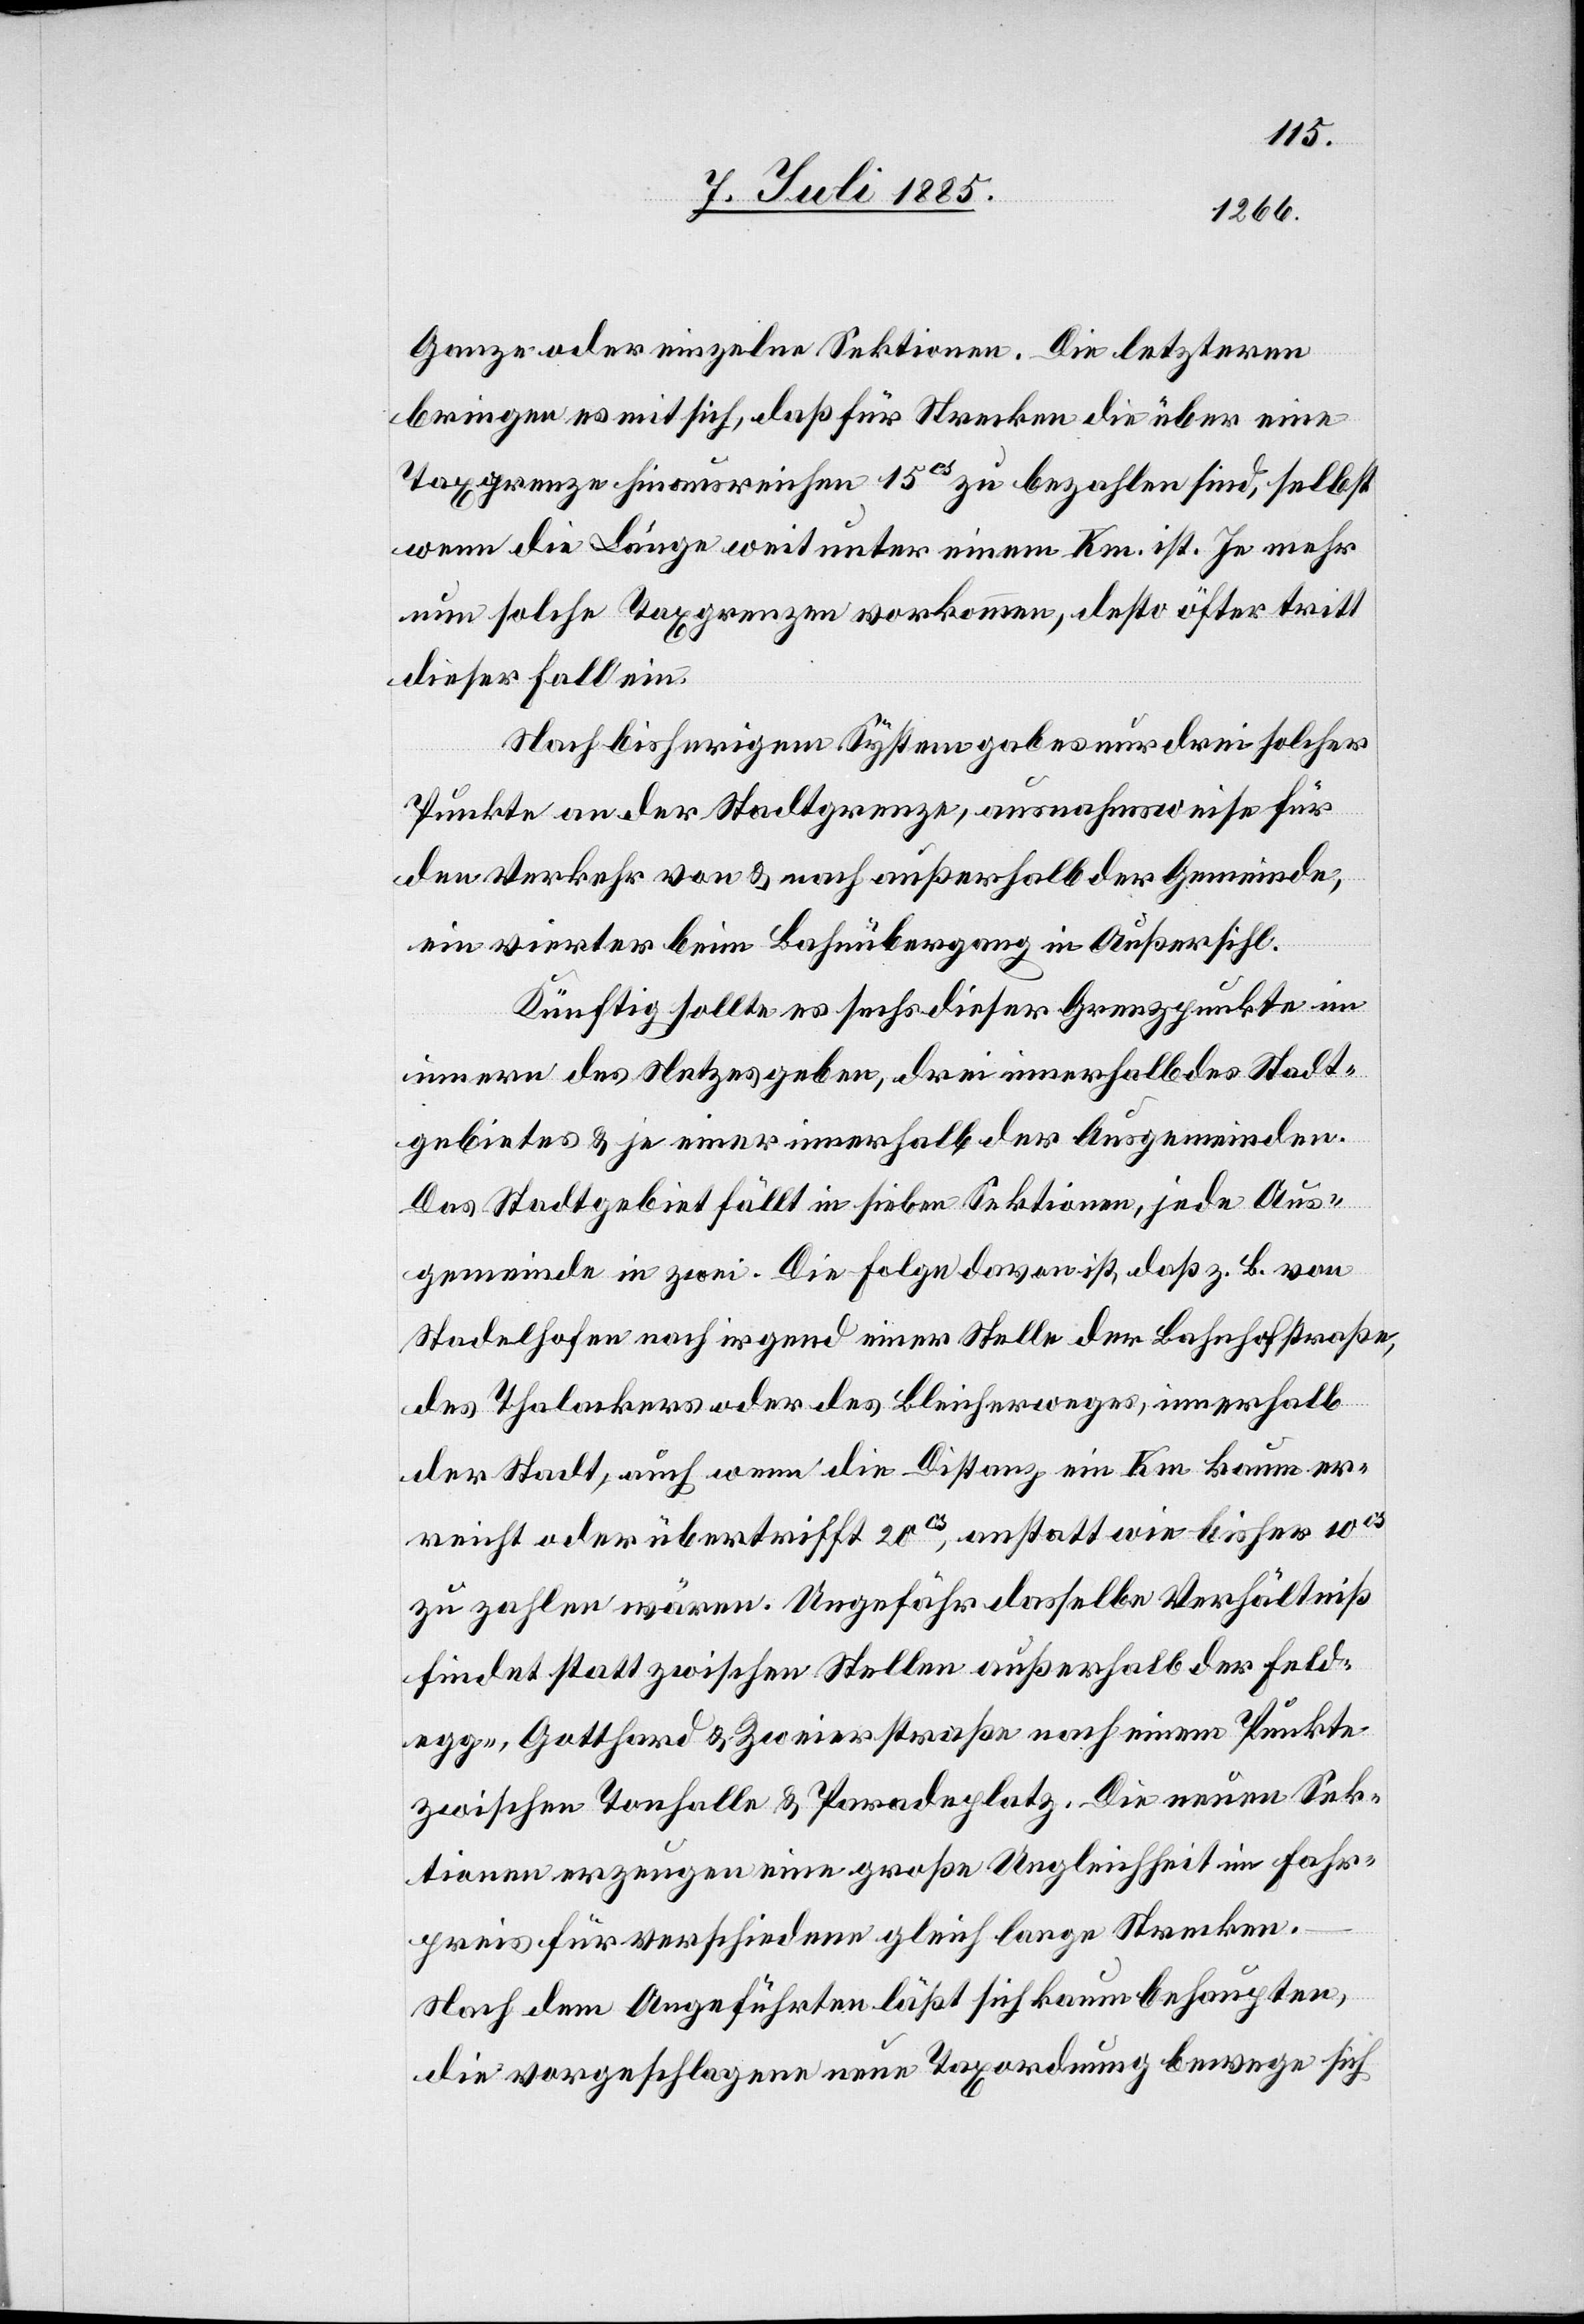
Ganze oder einzelne Sektionen. Die letzteren
bringen es mit sich, daß nur für Strecken die über eine
Taxgrenze hinausreichen 15cs zu bezahlen sind, selbst
wenn die Länge weit unter einem Km. ist. Je mehr
nun solche Taxgrenzen vorkommen, desto öfter tritt
dieser Fall ein.
Nach bisherigem System gab es nur drei solcher
Punkte an der Stadtgrenze, ausnahmsweise für
den Verkehr von & nach außerhalb der Gemeinde,
ein vierter beim Bahnübergang in Außersihl.
Künftig sollte es sechs dieser Grenzpunkte im
innern des Netzes geben, drei innerhalb des Stadt¬
gebietes & je einer innerhalb der Ausgemeinden.
Das Stadtgebiet fällt in sieben Sektionen, jede Aus¬
gemeinde in zwei. Die Folge davon ist, daß z. B. von
Stadelhofen nach irgend einer Stelle der Bahnhofstraße,
des Thalackers oder des Bleicherweges, innerhalb
der Stadt, auch wenn die Distanz ein Km kaum er¬
reicht oder übertrifft 20cs, anstatt wie bisher 10cs
zu zahlen wären. Ungefähr dasselbe Verhältniß
findet statt zwischen Stellen außerhalb der Feld¬
egg-, Gotthard & Zweierstraße nach einem Punkte
zwischen Tonhalle & Paradeplatz. Die neuen Sek¬
tionen erzeugen eine große Ungleichheit im Fahr¬
preis für verschiedene gleich lange Strecken.
Nach dem Angeführten läßt sich kaum behaupten,
die vorgeschlagene neue Taxordnung bewege sich